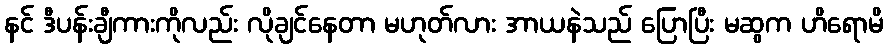
နင် ဒီပန်းချီကားကိုလည်း လိုချင်နေတာ မဟုတ်လား အာယနဲသည် ပြောပြီး မဆွက ဟိရောမိ